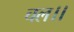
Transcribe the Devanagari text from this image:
चल।।